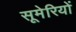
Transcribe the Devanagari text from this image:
सूमेरियों